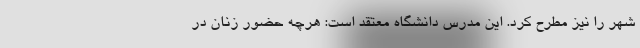
شهر را نیز مطرح کرد. این مدرس دانشگاه معتقد است: هرچه حضور زنان در